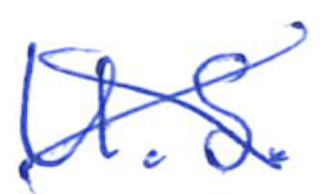
Text: U.S.
Cross-out: cross
Writing tool: ballpoint